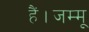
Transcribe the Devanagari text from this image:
हैं।जम्मू